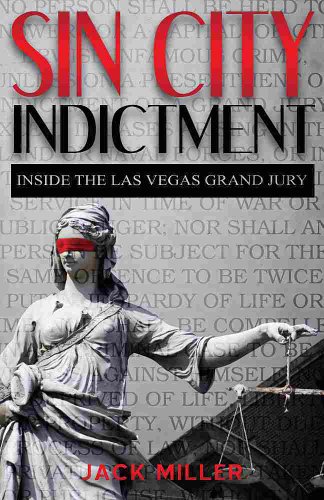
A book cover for Sin City Indictment; Jack Miller; Law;